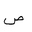
Letter: _sad